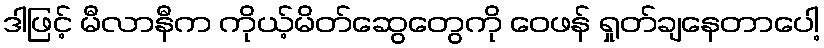
ဒါဖြင့် မီလာနီက ကိုယ့်မိတ်ဆွေတွေကို ဝေဖန် ရှုတ်ချနေတာပေါ့